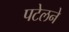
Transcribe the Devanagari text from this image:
पटेलने